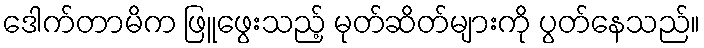
ဒေါက်တာမိက ဖြူဖွေးသည့် မုတ်ဆိတ်များကို ပွတ်နေသည်။